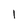
Character: 1